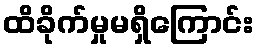
ထိခိုက်မှုမရှိကြောင်း